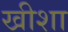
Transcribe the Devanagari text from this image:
खीशा